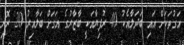
އަގުތަކަށް އައި ބަދަލާއެކު 40 ރުފިޔާއަކީ ބާޒާރުގެ އަގަށް ބަލާއިރު 20 ރޮށި